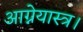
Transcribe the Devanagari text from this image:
आग्नेयास्त्र।